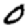
Digit: 0